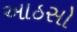
આઠસો